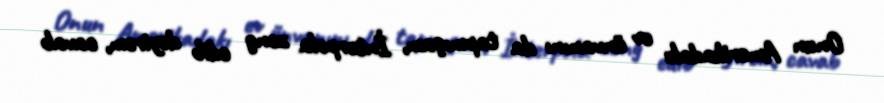
Onun Amerikadakı ev ünvanını da tapmışam, İnterpola zəng edib deyirəm, cavab